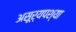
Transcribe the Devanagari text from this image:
असूर्यपश्या